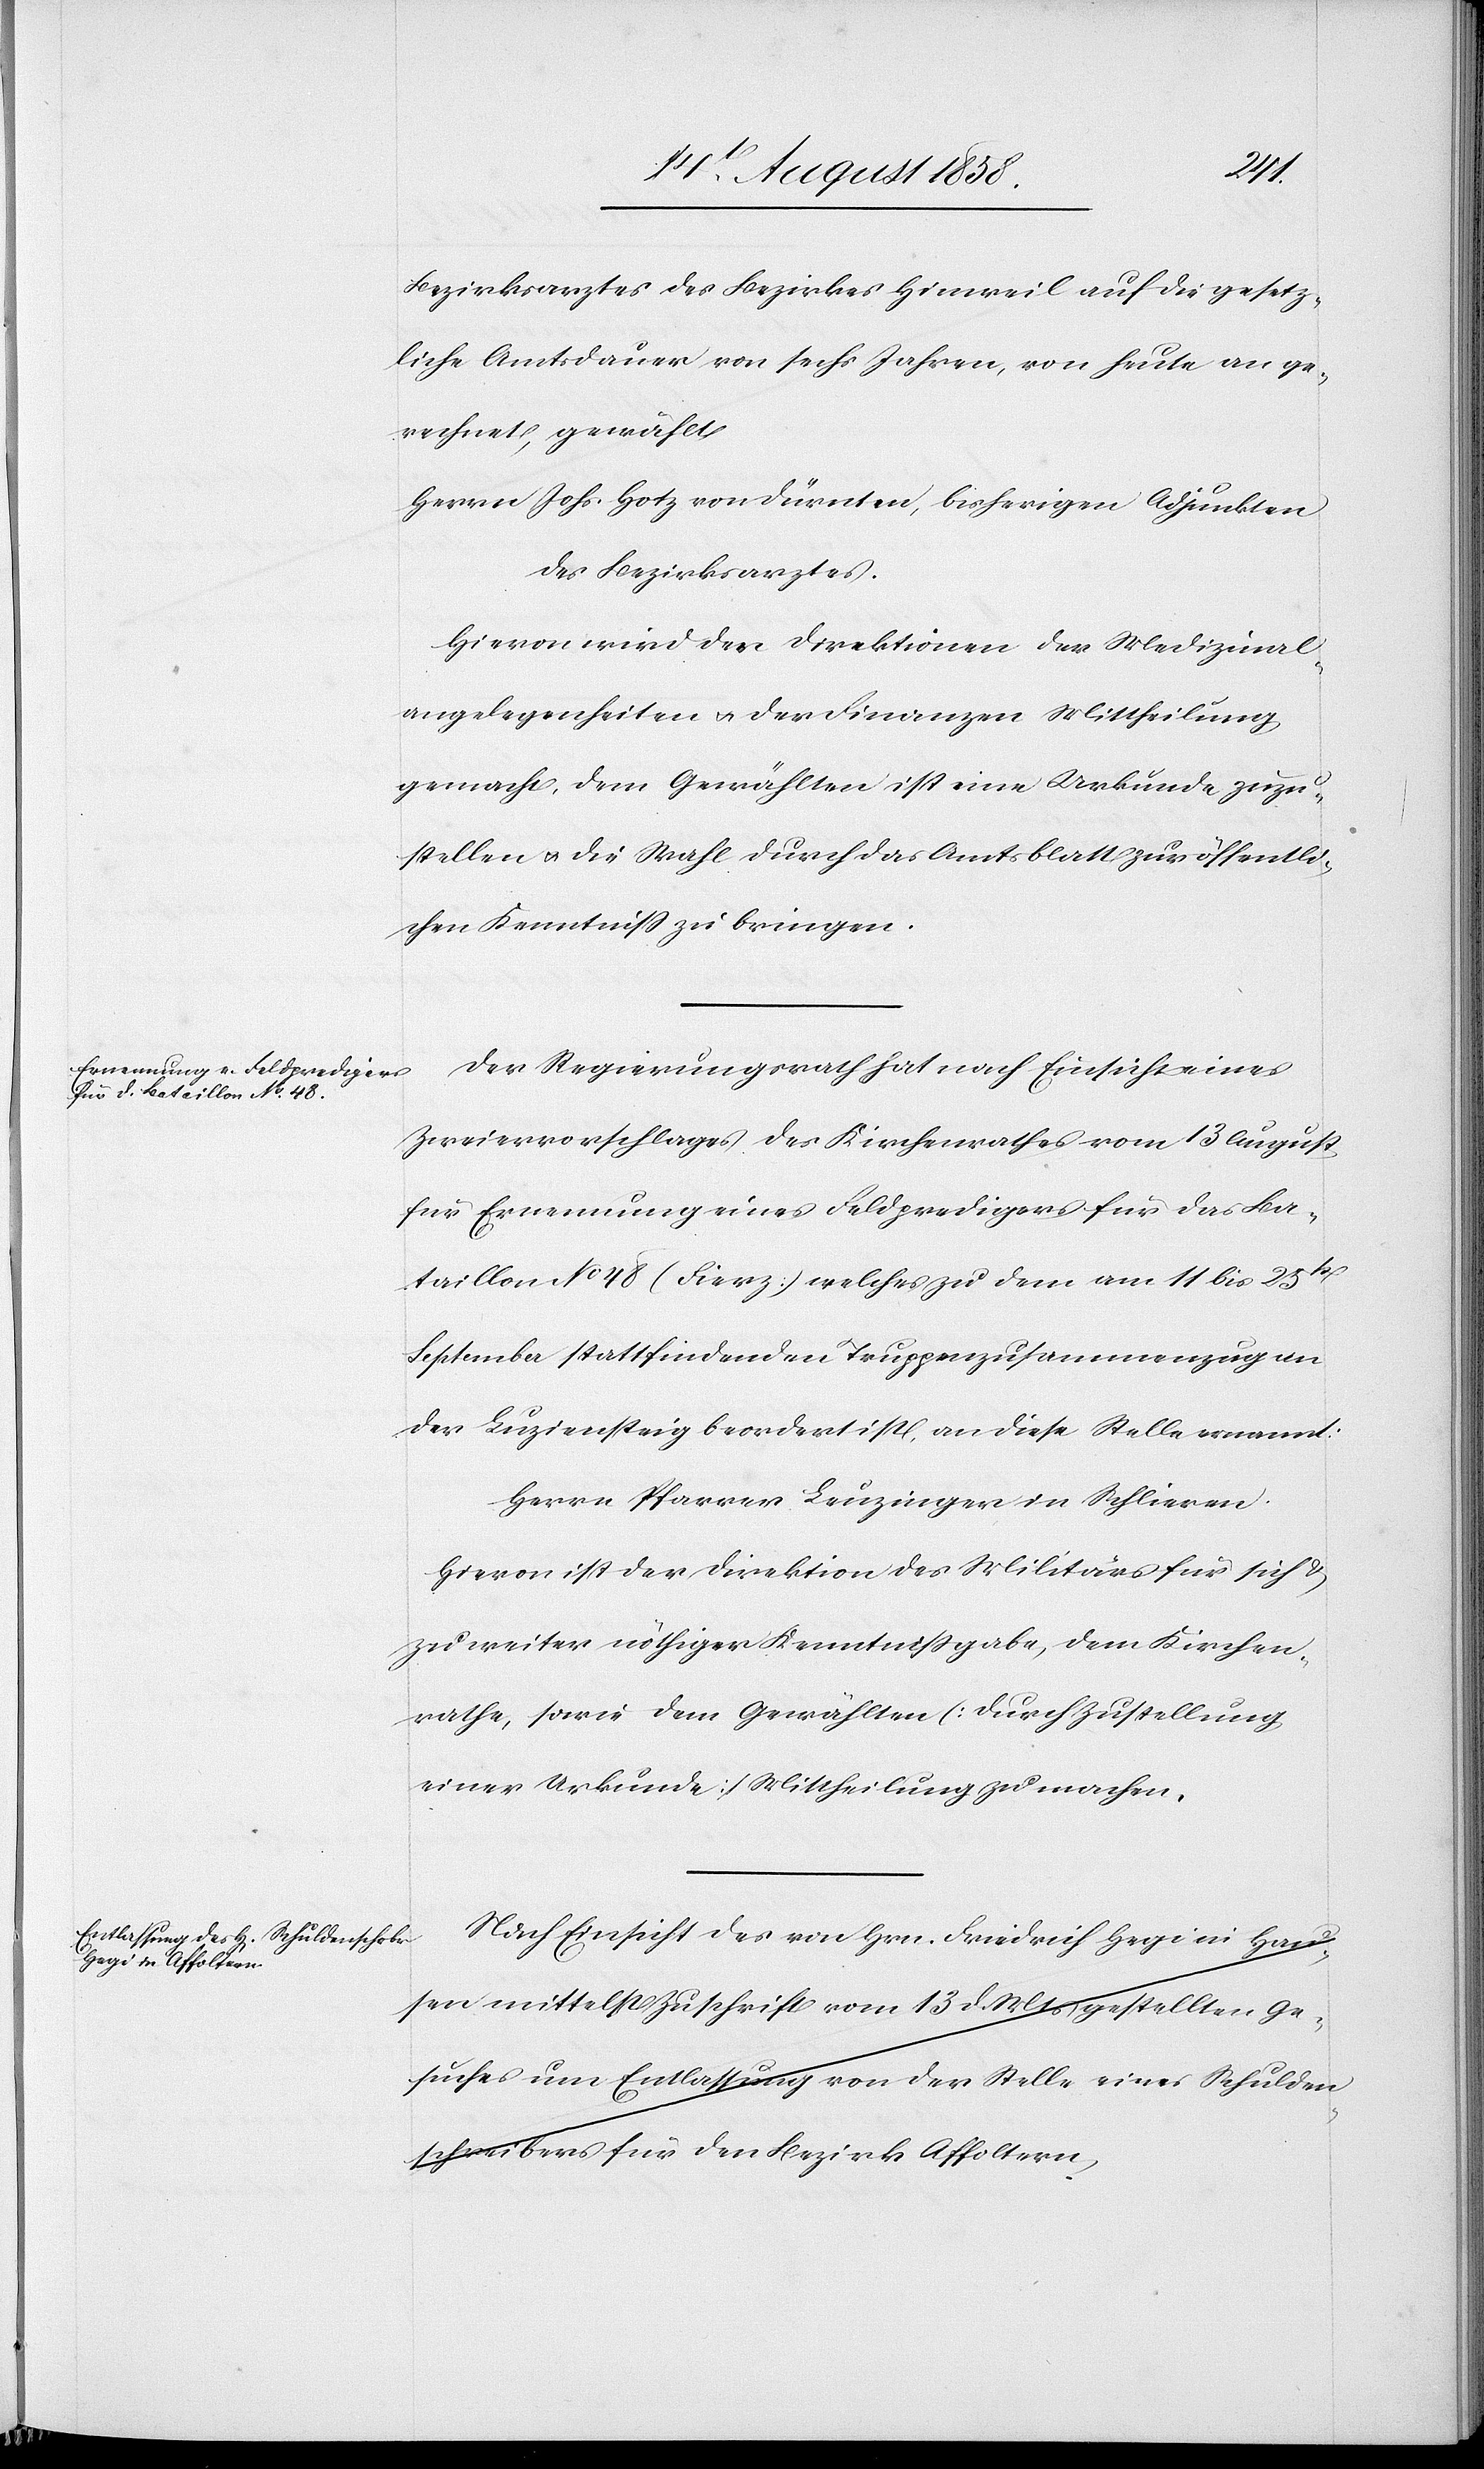
Bezirksarztes des Bezirkes Hinweil auf die gesetz¬
liche Amtsdauer von sechs Jahren, von heute an ge¬
rechnet, gewählt
Herrn Johs. Hotz von Dürnten, bisherigen Adjunkten
des Bezirksarztes.
Hievon wird den Direktionen der Medizinal¬
angelegenheiten & der Finanzen Mittheilung
gemacht, dem Gewählten ist eine Urkunde zuzu¬
stellen & die Wahl durch das Amtsblatt zur öffentli¬
chen Kenntniss zu bringen.
Der Regierungsrath hat nach Einsicht eines
Zweiervorschlages des Kirchenrathes vom 13 August
für Ernennung eines Feldpredigers für das Ba¬
taillon No 48 (Fierz) welches zu dem am 11 bis 25st
September stattfindenden Truppenzusammenzug an
der Luziensteig beordert ist, an diese Stelle ernannt:
Herrn Pfarrer Leuzinger in Schlieren.
Hievon ist der Direktion des Militärs für sich &
zu weiter nöthiger Kenntnissgabe, dem Kirchen¬
rathe, sowie dem Gewählten (durch Zustellung
einer Urkunde) Mittheilung zu machen.
Nach Einsicht des von Hrn. Friedrich Hegi in Hau¬
sen mittelst Zuschrift vom 13 d. Mts gestellten Ge¬
suches um Entlassung von der Stelle eines Schulden¬
schreibers für den Bezirk Affoltern,